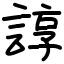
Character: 諄